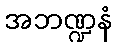
အဘဏ္ဍနံ